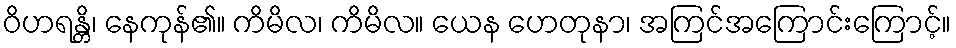
ဝိဟရန္တိ၊ နေကုန်၏။ ကိမိလ၊ ကိမိလ။ ယေန ဟေတုနာ၊ အကြင်အကြောင်းကြောင့်။